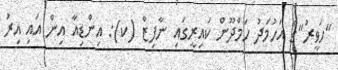
"ހަވީރު"ގެ އަހުމަދު ހަމްދޫން ކައިރީގައި ނާފިޒް (ކ): އިންޑިއާ އިން އައި އިރު